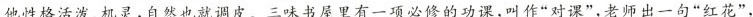
他性格活泼、机灵,自然也就调皮。三味书屋里有一项必修的功课,叫作“对课”,老师出一句“红花”，